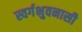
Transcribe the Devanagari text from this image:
स्वर्गभुवनासी